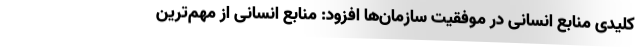
کلیدی منابع انسانی در موفقیت سازمان‌ها افزود: منابع انسانی از مهم‌ترین